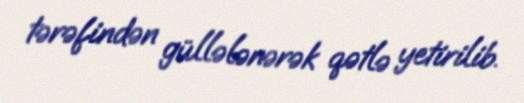
tərəfindən güllələnərək qətlə yetirilib.